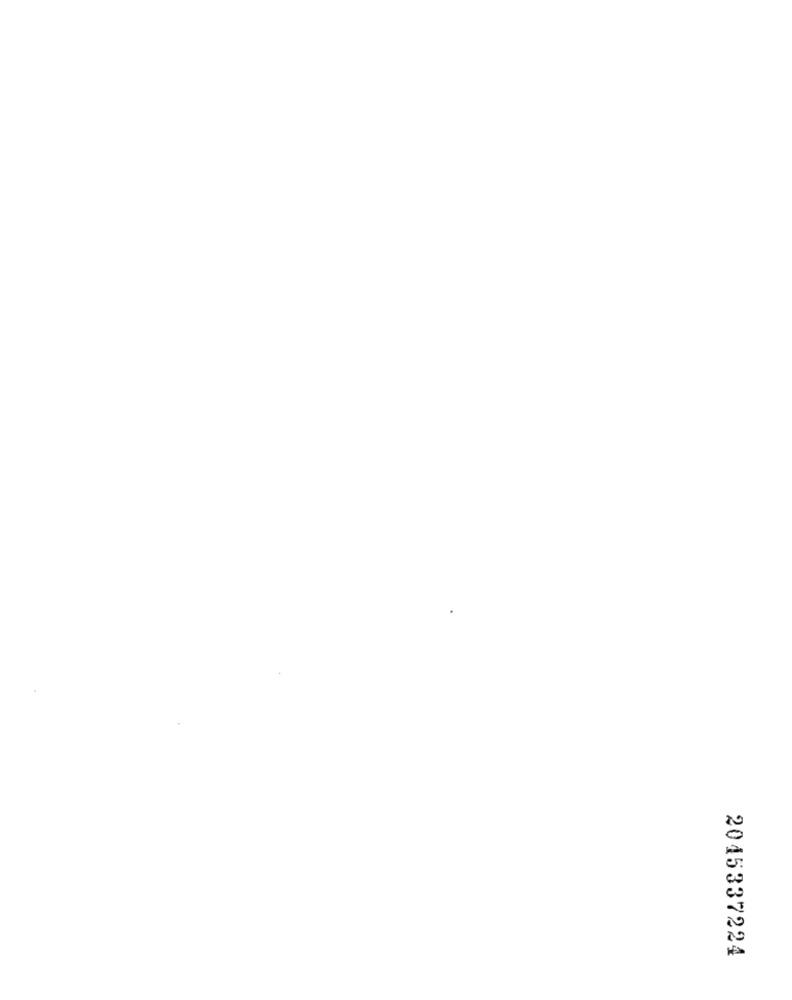
2045337224